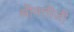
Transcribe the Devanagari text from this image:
श्रीमतीजी